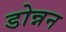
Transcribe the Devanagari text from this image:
डोन्नन